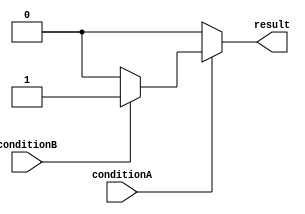
module nested_if_else_statement (
    input wire conditionA,
    input wire conditionB,
    output reg result
);

always @* begin
    if (conditionA) begin
        if (conditionB) begin
            result = 1;
        end else begin
            result = 0;
        end
    end else begin
        result = 0;
    end
end

endmodule